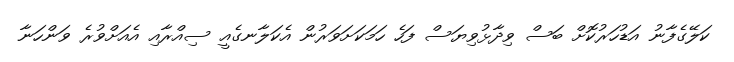
ކަލޭގެފާނު އަޑުހަރުކޮށް ބަސް ވިދާޅުވިޔަސް ފަހެ ހަމަކަށަވަރުން އެކަލާނގެއީ ސިއްރާއި އެއަށްވުރެ ވަންހަނާ